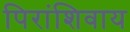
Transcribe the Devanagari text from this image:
पिरांशिवाय